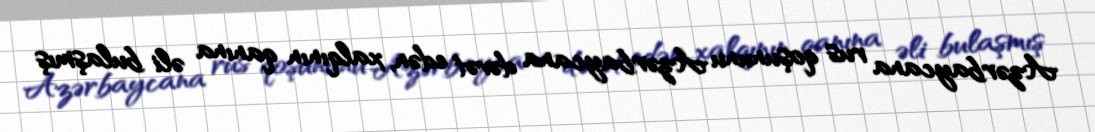
Azərbaycana rus qoşununu Azərbaycana dəvət edən, xalqının qanına əli bulaşmış